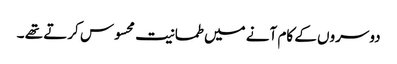
دوسروں کے کام آنے میں طمانیت محسوس کرتے تھے ۔